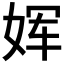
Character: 𫝨